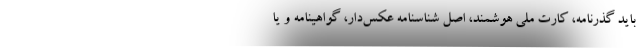
باید گذرنامه، کارت ملی هوشمند، اصل شناسنامه عکس‌دار، گواهینامه و یا